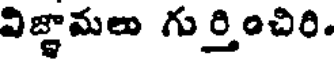
విజ్ఞామలు గుర్తించిరి.